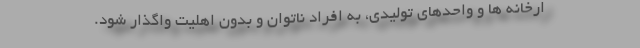
ارخانه ها و واحدهای تولیدی، به افراد ناتوان و بدون اهلیت واگذار شود.